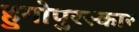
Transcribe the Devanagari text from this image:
हुगोपुरस्कार